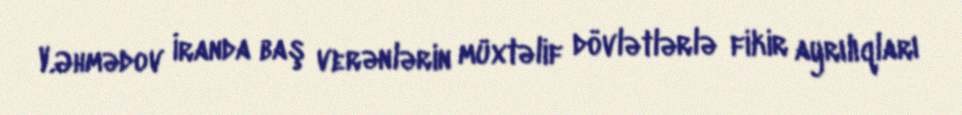
V.Əhmədov İranda baş verənlərin müxtəlif dövlətlərlə fikir ayrılıqları